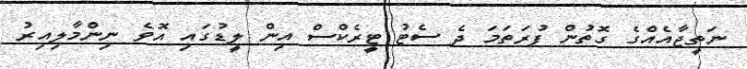
ނަތީޖާއެއްގެ ގޮތުން ފުރަތަމަ ދެ ސެޓު ޓީރެކްސް އިން ލީޑުގައި އޮވެ ނިންމާލިއިރު